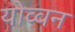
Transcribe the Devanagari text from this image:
योव्वन